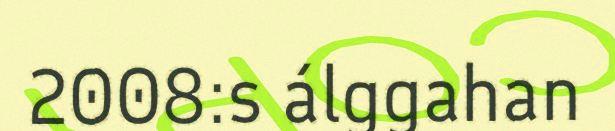
2008:s álggahan